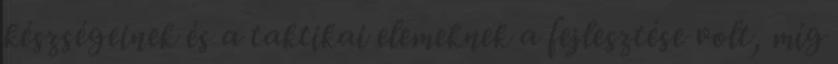
készségeinek és a taktikai elemeknek a fejlesztése volt, míg